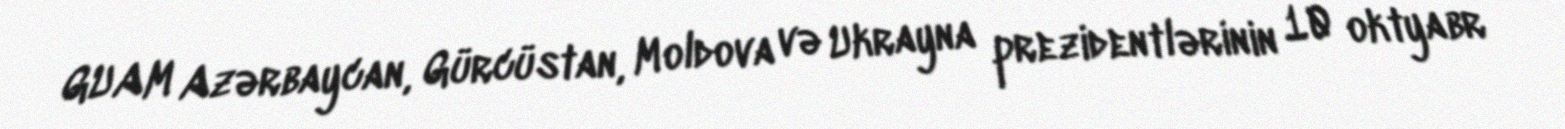
GUAM Azərbaycan, Gürcüstan, Moldova və Ukrayna prezidentlərinin 10 oktyabr